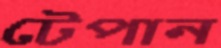
টেপান